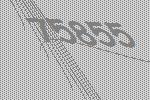
75855